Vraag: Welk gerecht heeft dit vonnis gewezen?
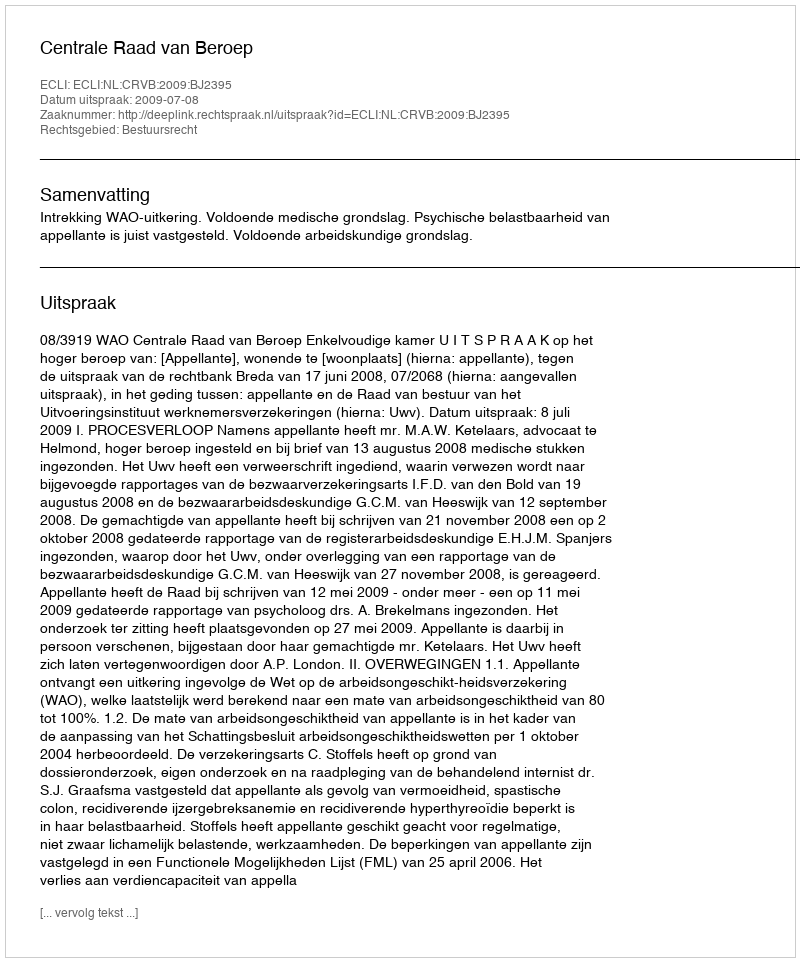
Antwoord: Centrale Raad van Beroep